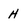
Character: H